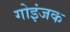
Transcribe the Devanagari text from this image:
गोइंजक